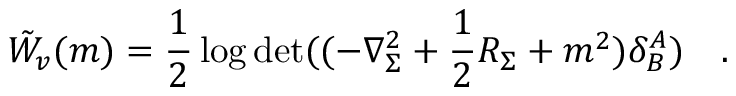
\tilde { W } _ { v } ( m ) = \frac 1 2 \log \operatorname * { d e t } ( ( - \nabla _ { \Sigma } ^ { 2 } + \frac 1 2 R _ { \Sigma } + m ^ { 2 } ) \delta _ { B } ^ { A } ) ~ ~ ~ .